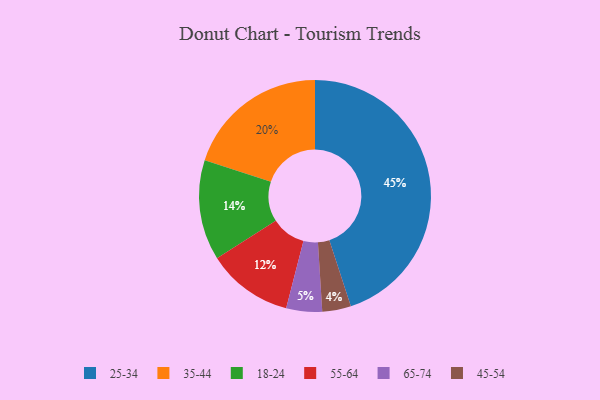
{"axis": {"x": "Category", "y": "Percentage"}, "legend": ["18-24", "25-34", "35-44", "45-54", "55-64", "65-74"], "data": [{"x": "18-24", "y": 14, "type": "18-24"}, {"x": "65-74", "y": 5, "type": "65-74"}, {"x": "25-34", "y": 45, "type": "25-34"}, {"x": "35-44", "y": 20, "type": "35-44"}, {"x": "45-54", "y": 4, "type": "45-54"}, {"x": "55-64", "y": 12, "type": "55-64"}]}